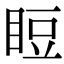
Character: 𥆖